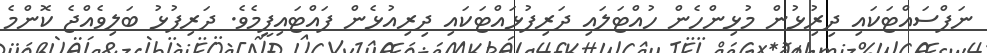
ނަފްސައްޓަކައި ދިރިުޅުން މުޅިންހެން ހުއްޓަލައި ދަރިފުޅައްޓަކައި ދިރިއުޅެން ފައްޓައިފީމެވެ. ދަރިފުޅު ބަލިވެއްޖެ ކޮންމެ